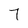
Character: 7